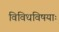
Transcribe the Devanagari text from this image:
विविधविषयाः